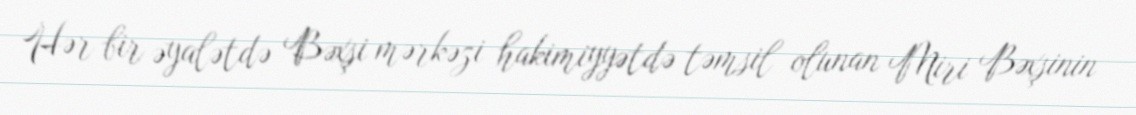
Hər bir əyalətdə Bəxşi mərkəzi hakimiyyətdə təmsil olunan Miri Bəxşinin